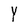
Character: Y